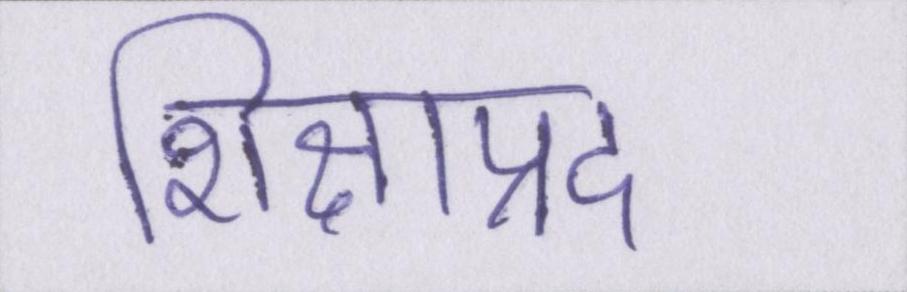
शिक्षाप्रद